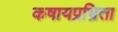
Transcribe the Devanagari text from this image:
कषायप्रभ्रिता